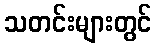
သတင်းများတွင်